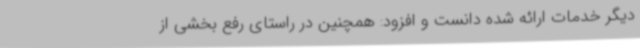
دیگر خدمات ارائه شده دانست و افزود: همچنین در راستای رفع بخشی از